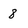
Character: 8